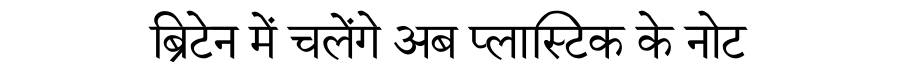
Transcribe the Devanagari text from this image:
ब्रिटेन में चलेंगे अब प्लास्टिक के नोट